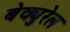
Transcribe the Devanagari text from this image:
बेक्युरेल